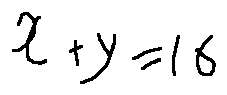
x + y = 1 6